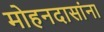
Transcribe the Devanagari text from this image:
मोहनदासांना